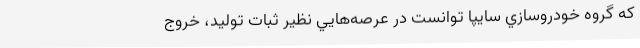
كه گروه خودروسازي سايپا توانست در عرصه‌هايي نظير ثبات توليد، خروج